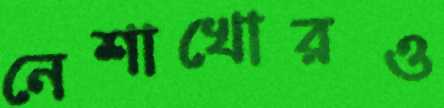
নেশাখোরও